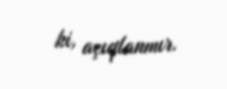
ki, açıqlanmır.